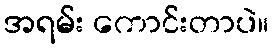
အရမ်း ကောင်းတာပဲ။